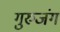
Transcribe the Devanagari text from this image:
गुरुजंग